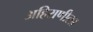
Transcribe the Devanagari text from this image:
अहिराणीला